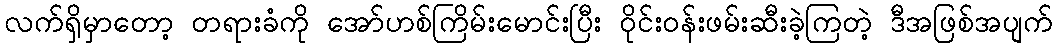
လက်ရှိမှာတော့ တရားခံကို အော်ဟစ်ကြိမ်းမောင်းပြီး ဝိုင်းဝန်းဖမ်းဆီးခဲ့ကြတဲ့ ဒီအဖြစ်အပျက်